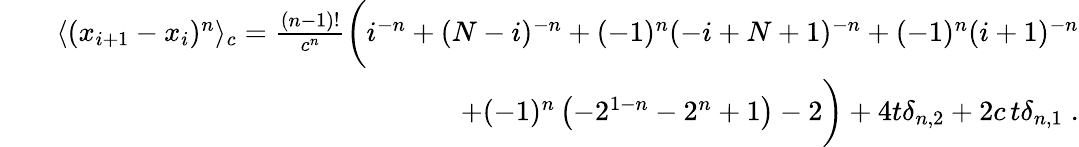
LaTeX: \begin{array}{rlr}&{}&{\langle(x_{i+1}-x_{i})^{n}\rangle_{c}=\frac{(n-1)!}{c^{n}}\bigg(i^{-n}+(N-i)^{-n}+(-1)^{n}(-i+N+1)^{-n}+(-1)^{n}(i+1)^{-n}}\\ &{}&{{+}(-1)^{n}\left(-2^{1-n}-2^{n}+1\right)-2\bigg)+4t\delta_{n,2}+2c\, t\delta_{n,1}\; .}\end{array}